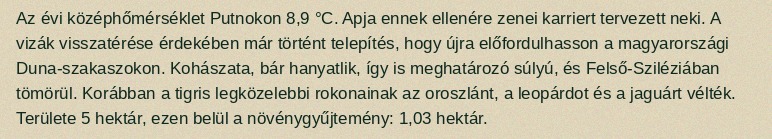
Az évi középhőmérséklet Putnokon 8,9 °C. Apja ennek ellenére zenei karriert tervezett neki. A vizák visszatérése érdekében már történt telepítés, hogy újra előfordulhasson a magyarországi Duna-szakaszokon. Kohászata, bár hanyatlik, így is meghatározó súlyú, és Felső-Sziléziában tömörül. Korábban a tigris legközelebbi rokonainak az oroszlánt, a leopárdot és a jaguárt vélték. Területe 5 hektár, ezen belül a növénygyűjtemény: 1,03 hektár.